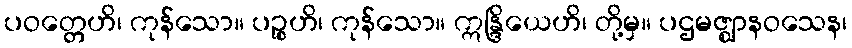
ပဝတ္တေဟိ၊ ကုန်သော။ ပဉ္စဟိ၊ ကုန်သော။ ဣန္ဒြိယေဟိ၊ တို့မှ။ ပဌမဇ္ဈာနဝသေန၊